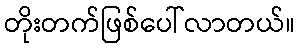
တိုးတက်ဖြစ်ပေါ်လာတယ်။